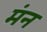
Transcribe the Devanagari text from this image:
मंन